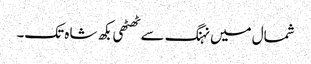
شمال میں نہنگ سے ٹھٹھی بکھ شاہ تک۔